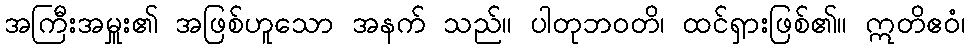
အကြီးအမှူး၏ အဖြစ်ဟူသော အနက် သည်။ ပါတုဘဝတိ၊ ထင်ရှားဖြစ်၏။ ဣတိဧဝံ၊